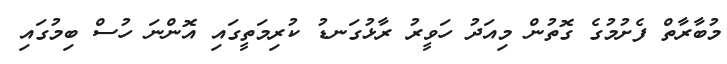
މުބާރާތް ފެށުމުގެ ގޮތުން މިއަދު ހަވީރު ރާޅުގަނޑު ކުރިމަތީގައި އޮންނަ ހުސް ބިމުގައި